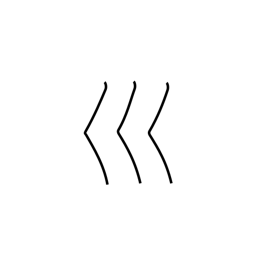
Meaning: curving river radical (no.47)